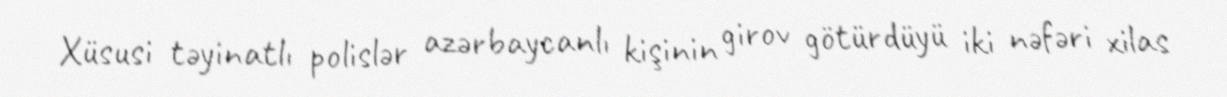
Xüsusi təyinatlı polislər azərbaycanlı kişinin girov götürdüyü iki nəfəri xilas